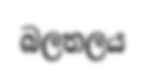
බලතලය